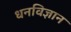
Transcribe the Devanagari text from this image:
धनविज्ञान